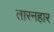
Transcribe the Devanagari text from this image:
तारनहार